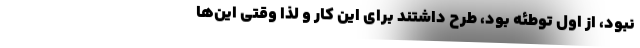
نبود، از اول توطئه بود، طرح داشتند برای این کار و لذا وقتی این‌ها